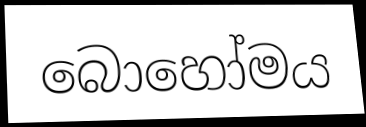
බොහෝමය